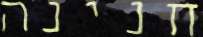
חנינה